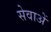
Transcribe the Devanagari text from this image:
सेवाअें